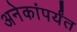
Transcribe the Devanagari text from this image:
अनेकांपर्यंत